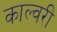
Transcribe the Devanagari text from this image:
काल्वरी